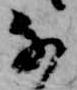
な